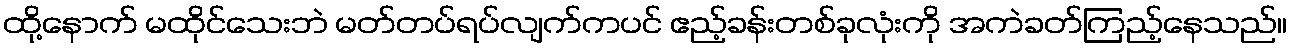
ထို့နောက် မထိုင်သေးဘဲ မတ်တပ်ရပ်လျက်ကပင် ဧည့်ခန်းတစ်ခုလုံးကို အကဲခတ်ကြည့်နေသည်။